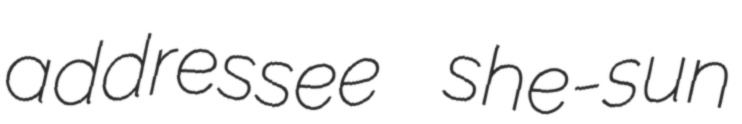
addressee she-sun